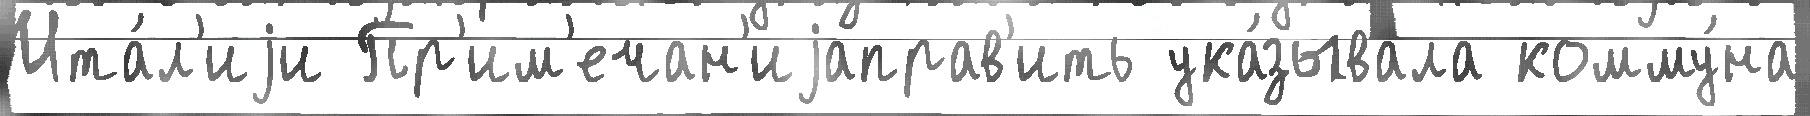
Ита́л'иjи Пр'им'ечан'иjаправ'ить ука́зывала комму́на